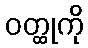
ဝတ္ထုကို